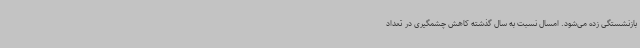
بازنشستگی زده می‌شود. امسال نسبت به سال گذشته کاهش چشمگیری در تعداد